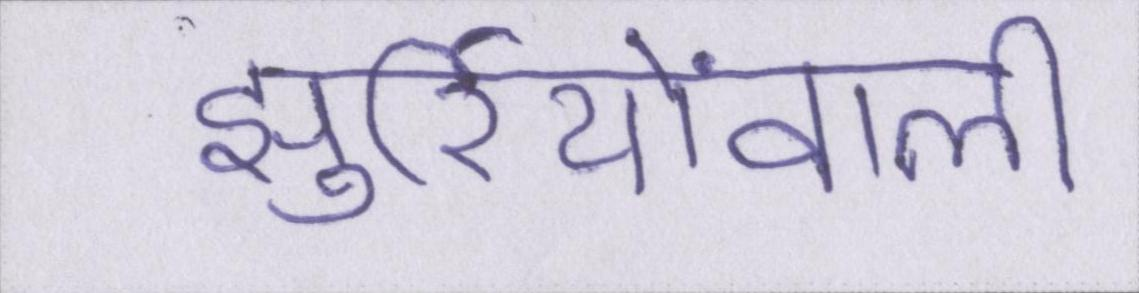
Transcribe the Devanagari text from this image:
झुर्रियोंवाली